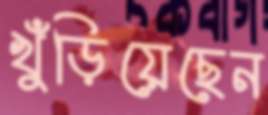
খুঁড়িয়েছেন